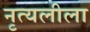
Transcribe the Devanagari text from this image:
नृत्यलीला